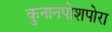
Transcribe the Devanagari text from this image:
कुनानपोशपोरा